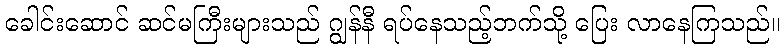
ခေါင်းဆောင် ဆင်မကြီးများသည် ဂျွန်နီ ရပ်နေသည့်ဘက်သို့ ပြေး လာနေကြသည်။